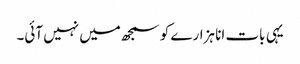
یہی بات انا ہزارے کو سمجھ میں نہیں آئی۔